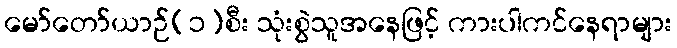
မော်တော်ယာဉ်(၁)စီး သုံးစွဲသူအနေဖြင့် ကားပါကင်နေရာများ